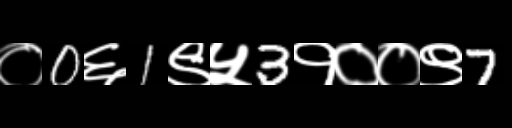
Text: ०0६1९५3१००९7